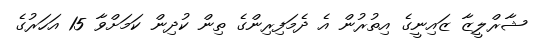
ޝާރްލީޒާ ޒައިނީގެ އިތުރުން އެ ދެމަފިރިންގެ ތިން ކުދިން ކަމަށްވާ 15 އަހަރުގެ